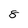
Character: 8